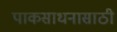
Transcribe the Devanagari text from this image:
पाकसाधनासाठी